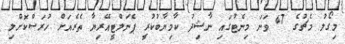
މިގޯލު މެޗުގެ 47 ވަނަ މިނެޓުގައި ނާޝިދު ކާމިޔާބުކުރީ ޕެނަލްޓީއޭރިޔާ ތެރެއަށް ހުރަސްކޮށްލި